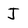
Character: J